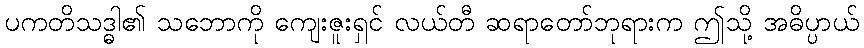
ပကတိသဒ္ဓါ၏ သဘောကို ကျေးဇူးရှင် လယ်တီ ဆရာတော်ဘုရားက ဤသို့ အဓိပ္ပာယ်